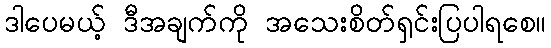
ဒါပေမယ့် ဒီအချက်ကို အသေးစိတ်ရှင်းပြပါရစေ။